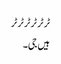
ٹر ٹر ٹر ٹر ٹر ٹر
ہیں جی۔